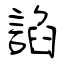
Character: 諂